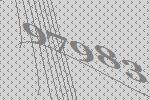
97983